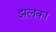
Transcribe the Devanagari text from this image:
झलका